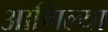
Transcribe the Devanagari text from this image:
आणिल्या